Annual report of the Prince of Wales Medical College, Patna
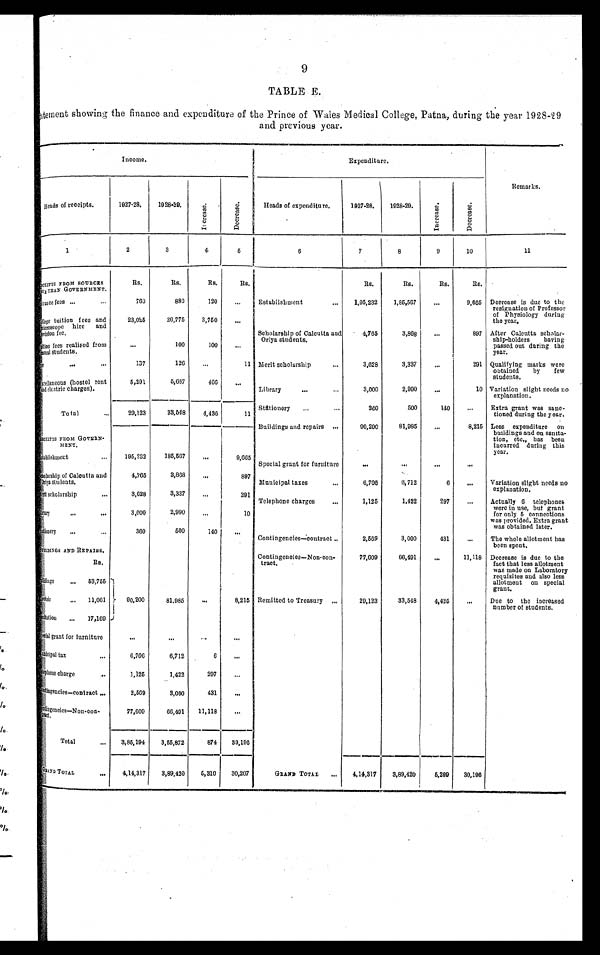
9
TABLE E.
tatement showing the finance and expenditure of the Prince of Wales Medical College, Patna, during the year 1928–29
and previous year.
Income.
Expenditure.
Remarks.
Heads of receipts.
1927–23.
1928-29.
I n c r e a s e .
D e c r e a s e .
Heads of expenditure.
1927–28.
1928–29
I n c r e a s e .
D e c r e a s e .
1
2
3
4
5
6
7
8
9
10
11
ECEIPTS FROM souRCE
S ER
GOVERNMENT.
RS.
RS.
RS.
RS.
RS.
RS.
RS.
RS.
trance fees ...
...
760
880
120
...
Establishment
...
1,95,232
1,85,567
. . .
9,665 Decrease is due to the
resignation of Professor
of Physiology during
the year.
llege tuition fees and
microscope hire and sisin fee.
23,025
26,775
3,750
. . .
Scholarship of Calcutta and
Oriya students.
4,765
3,868
...
897 After Calcutta scholar-
ship-holders having
passed out during the
year.
tion fees realised from
sual students.
...
100
100
...
e
...
...
137
126
...
11 Merit scholarship
...
3,628
3,337
...
291 Qualifying marks were
obtained by few
students.
el laneous (hostel rent
and electric charges).
5,201
5,667
466
...
Library
. . .
...
3,000
2,990
. . .
10 Variation slight needs no
explanation.
Total
...
29,123
33,548
4,436
11
Stdtionery
...
...
380
500
140
...
Extra grant was sanc-
tioned during the year.
ECEIPTS FEOM GOVERN-
MENT.
Buildings and repairs ...
90,200
81,985
...
8,215 Less expenditure on
buildings and on sanita-
tion, etc., has been
incurred daring this
year.
lablishment
...
195,232
185,567
...
9,665
Special grant for furniture
. . .
. . .
. . .
...
cholarship of Calcutta and
Oriya students.
4,765
3,868
. . .
897
Municipal taxes
...
6,706
6,712
6
. . . Variation slight needs no
explanation.
rit scholarship
...
3,628
3,337
...
291
Telephone charges
...
1,125
1,422
297
...
Actually 6 telephones
were in use, but grant
for only 5 connections
was provided. Extra grant
was obtained later.
ary
...
...
3,000
2,990
...
10
ationery
...
. . .
360
500
140
. . .
Contingencies—contract
2,569
3,000
431
. . .
The whole allotment has
been spent.
UILDINGE AND REPAIRS.
Contingencies—Non-con-
tract.
77,609
66,491
. . .
11,118 Decrease is due to the
fact that less allotment
was made on Laboratory
requisites and also less
allotment on special
grant.
RS.
ldings
...
53,755
ctric
...
11,061
90,200
81,985
. . .
8,215 Remitted to Treasury ...
29,123
33,548
4,425
. . .
Due to the increased
number of students.
tation
...
17,169
cial grant for furniture
...
...
...
. . .
unlcipal tax
...
6,706
6,712
6
. . .
lephone charge
. . .
1,125
1,422
297
...
ontingencies—contract . . .
2,569
3,000
431
. . .
ulingencies—Non-con-
t r a c t .
77,609
66,491
11,118
...
Total
...
3,85,194
3,55,872
874
30,196
GRAND TOTAL
...
4,14,317
3 , 8 9 , 4 2 0
5,310 30,207
GRAND TOTAL
...
4,14,317
3,89,420
5,299
30,196